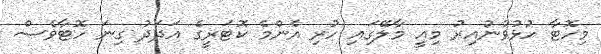
މިހޮޓާ ހުޅުވުނުއިރު މިއީ މާލޭގައި ހުރި އެންމެ ކޮޓަރީގެ އަދަދު ގިނަ ހޮޓާވެސް